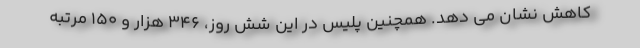
کاهش نشان می دهد. همچنین پلیس در این شش روز، ۳۴۶ هزار و ۱۵۰ مرتبه